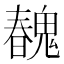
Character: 𩳽